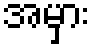
အမှား